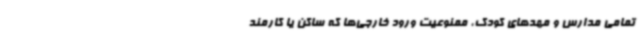
تمامی مدارس و مهدهای کودک، ممنوعیت ورود خارجی‌ها که ساکن یا کارمند